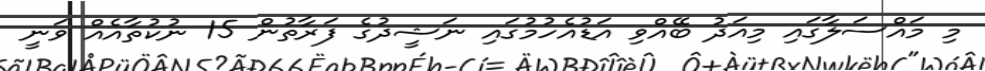
މި މައްސަލާގައި މިއަދު ބޭއްވި އަޑުއެހުމުގައި ނަޝީދުގެ ފަރާތުން 15 ނުކުތާއެއް ވަނީ